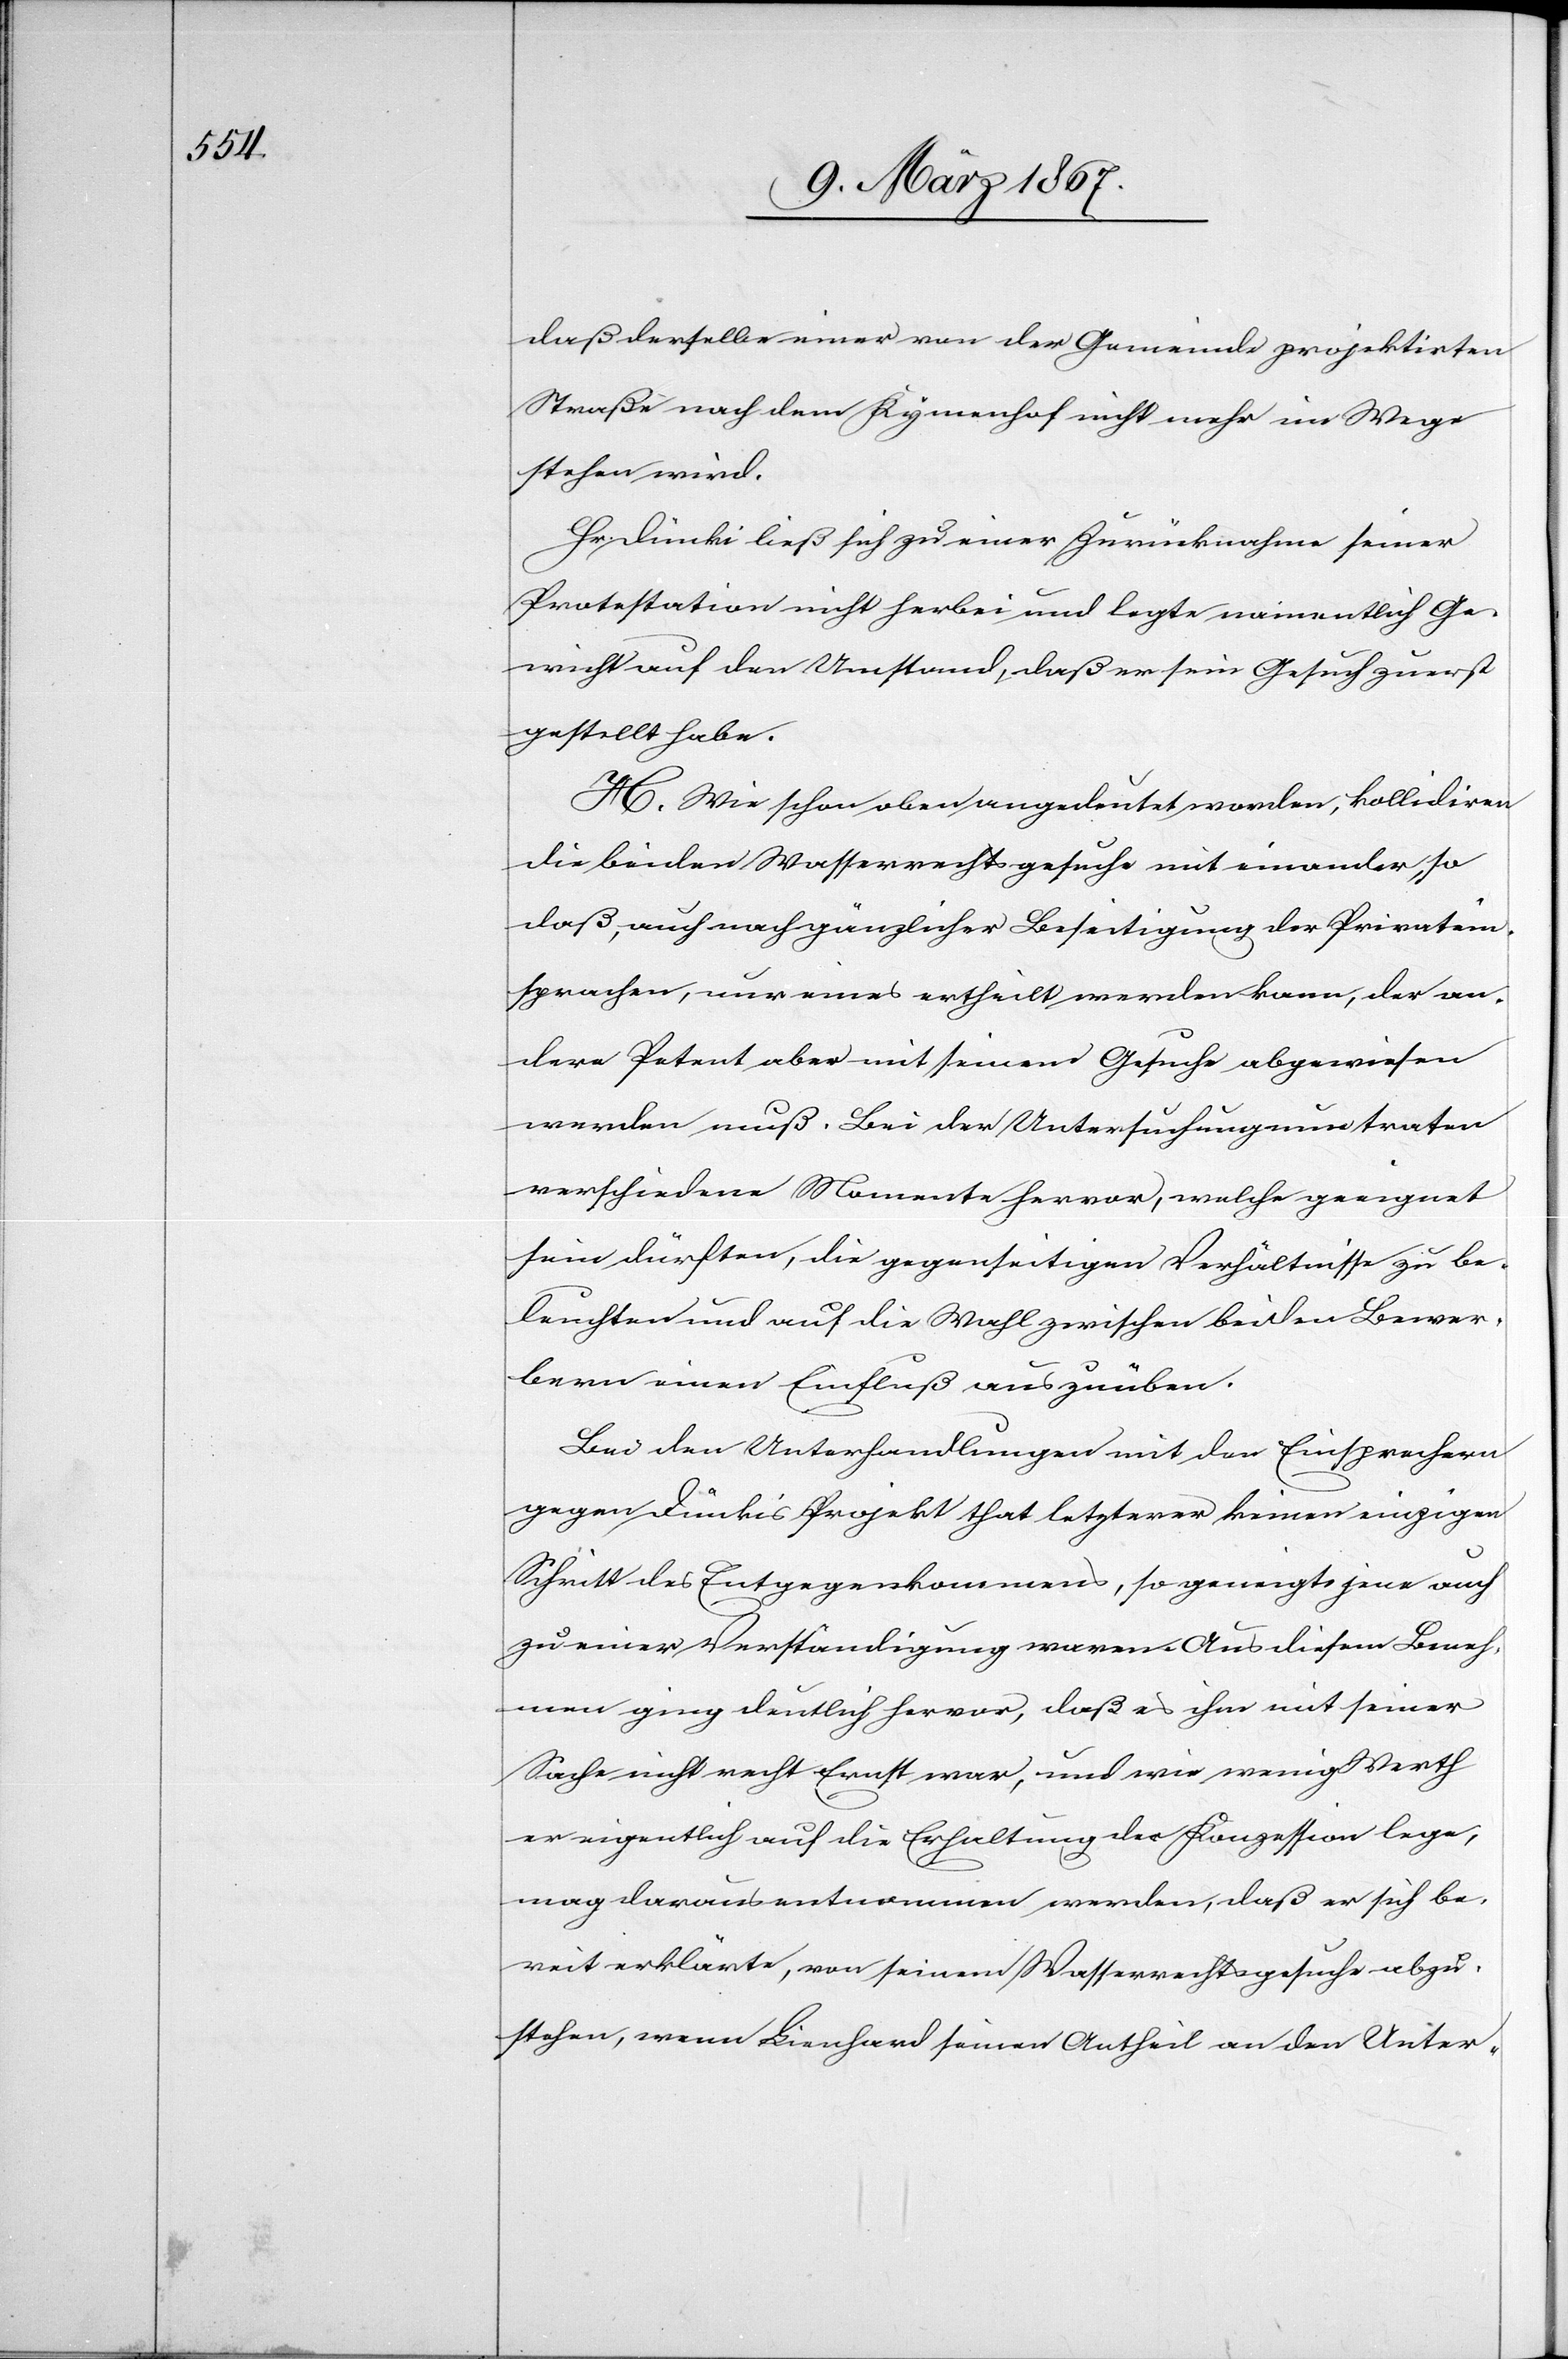
daß derselbe einer von der Gemeinde projektirten
Straße nach dem Kymenhof nicht mehr im Wege
stehen wird.
Hr. Dünki ließ sich zu einer Zurücknahme seiner
Protestation nicht herbei und legte namentlich Ge¬
wicht auf den Umstand, daß er sein Gesuch zuerst
gestellt habe.
H. Wie schon oben angedeutet worden, kollidiren
die beiden Wasserrechtsgesuche mit einander, so
daß, auch nach gänzlicher Beseitigung der Privatein¬
sprachen, nur eines ertheilt werden kann, der an¬
dere Petent aber mit seinem Gesuche abgewiesen
werden muß. Bei der Untersuchung nun traten
verschiedene Momente hervor, welche geeignet
sein dürften, die gegenseitigen Verhältnisse zu be¬
leuchten und auf die Wahl zwischen beiden Bewer¬
bern einen Einfluß auszuüben.
Bei den Unterhandlungen mit den Einsprechern
gegen Dünkis Projekt that letzterer keinen einzigen
Schritt des Entgegenkommens, so geneigt jene auch
zu einer Verständigung waren. Aus diesem Beneh¬
men ging deutlich hervor, daß es ihm mit seiner
Sache nicht recht Ernst war, und wie wenig Werth
er eigentlich auf die Erhaltung der Konzession lege,
mag daraus entnommen werden, daß er sich be¬
reit erklärte, von seinem Wasserrechtsgesuche abzu¬
stehen, wenn Lienhard seinen Antheil an den Unter-